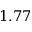
1 . 7 7